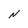
Character: N